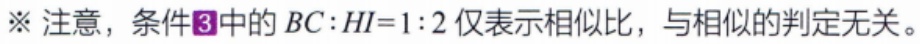
※ 注意，条件\textcircled{3}中的 \(BC:HI = 1:2\) 仅表示相似比，与相似的判定无关。